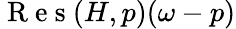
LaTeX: \mathrm{~R~e~s~}(H,p)(\omega-p)